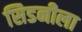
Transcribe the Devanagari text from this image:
सिडनीला